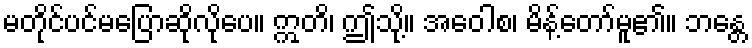
မတိုင်ပင်မပြောဆိုလိုပေ။ ဣတိ၊ ဤသို့။ အဝေါစ၊ မိန့်တော်မူ၏။ ဘန္တေ